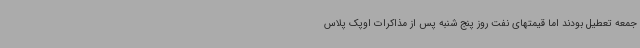
جمعه تعطیل بودند اما قیمتهای نفت روز پنج شنبه پس از مذاکرات اوپک پلاس